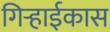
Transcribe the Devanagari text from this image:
गिऱ्हाईकास